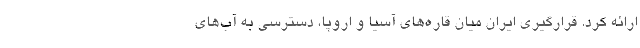
ارائه کرد. قرارگیری ایران میان قاره‌های آسیا و اروپا، دسترسی به آب‌های